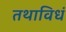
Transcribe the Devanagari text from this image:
तथाविधं